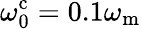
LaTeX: \omega_{\mathrm{0}}^{\mathrm{c}}=0.1\omega_{\mathrm{m}}